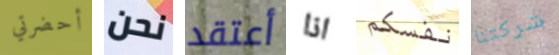
أحضرتي نحن أعتقد اذا نفسكم شركتنا